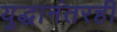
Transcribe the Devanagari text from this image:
युद्धानंतरही